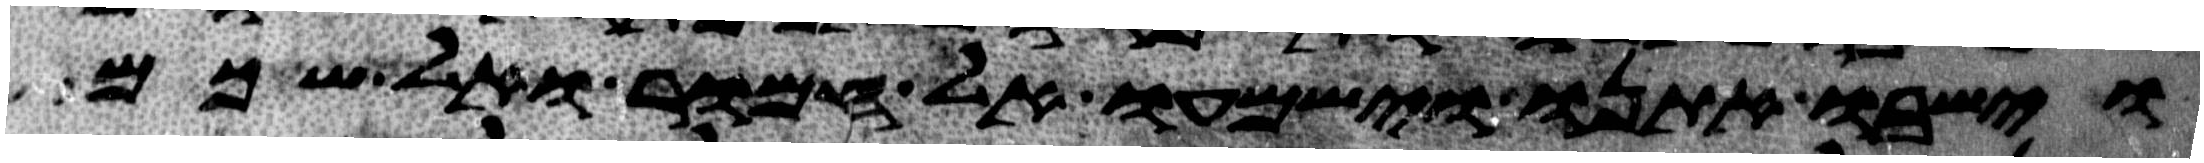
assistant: וישבו אתנו וישמעו אל חמור ואל שכם